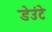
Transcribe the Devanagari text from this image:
डेउंटे